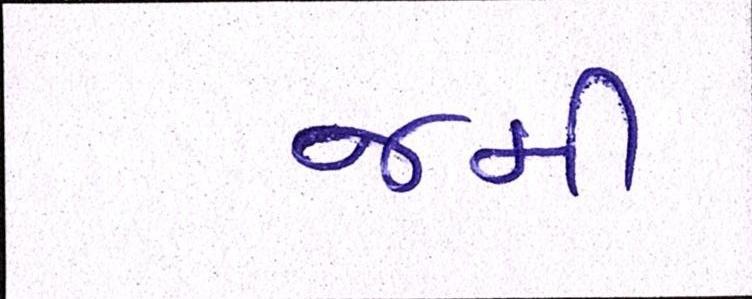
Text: જમી